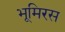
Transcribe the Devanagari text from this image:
भूमिरस